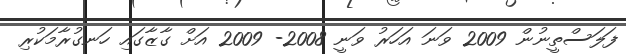
ފަލަސްތީނުން 2009 ވަނަ އަހަރު ވަނީ 2008- 2009 އަށް ގާޒާގައި ހަނގުރާމަކުރި